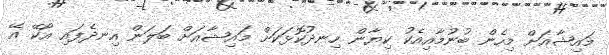
މައިޝާއަށް މިހެން ބުނުމާއިއެކު ކިޔާން ހިނދުކޮޅަކަށް މައިޝާއަށް ބަލަން އިނދެފައި އޯކޭ އޭ